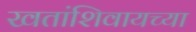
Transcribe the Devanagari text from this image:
खतांशिवायच्या